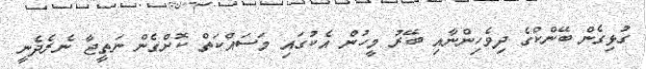
ގުޅިގެން ބޭންކްގެ ދިވެހިންނާއި ބޭރު މީހުން އެކުގައި މަސައްކަތް ކޮށްގެން ނަތީޖާ ނެރެދެނީ